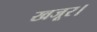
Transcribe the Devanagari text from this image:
खजूर।